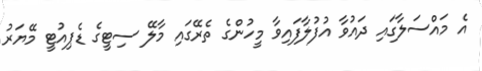
އެ މައްސަލާގައި ދައުވާ އުފުލާފައިވާ މީހުންގެ ތެރޭގައި މާލޭ ސިޓީގެ ޑެޕިއުޓީ މޭޔަރު